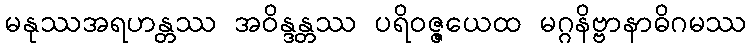
မနုဿအရဟန္တဿ အဝိန္ဒန္တဿ ပရိဝဇ္ဇယေထ မဂ္ဂနိဗ္ဗာနာဓိဂမဿ